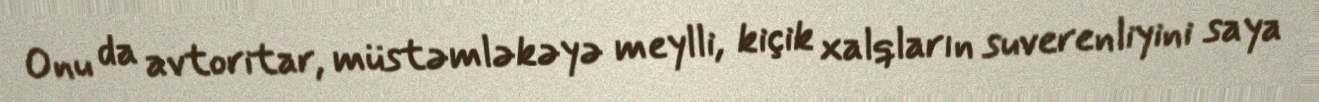
Onu da avtoritar, müstəmləkəyə meylli, kiçik xalqların suverenliyini saya